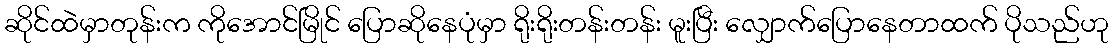
ဆိုင်ထဲမှာတုန်းက ကိုအောင်မြိုင် ပြောဆိုနေပုံမှာ ရိုးရိုးတန်းတန်း မူးပြီး လျှောက်ပြောနေတာထက် ပိုသည်ဟု